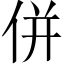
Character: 併